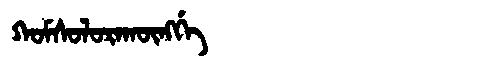
Manchu: ᡴᠣᠮᠰᠣᠯᠣᡵᠠᡴᡡᠩᡤᡝ
Romanization: KOMSOLORAKŪNGGE